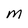
Character: M